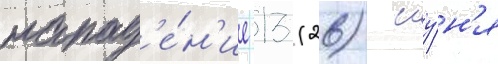
напад'е́н'ие 13 (26) иу́н'я